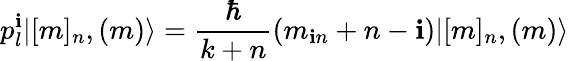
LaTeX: p_{l}^{\mathbf{i}}|[m]_{n},(m)\rangle=\frac{{\hbar}}{{k+n}}(m_{\mathbf{i}n}+n-\mathbf{i})|[m]_{n},(m)\rangle